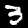
Digit: 3